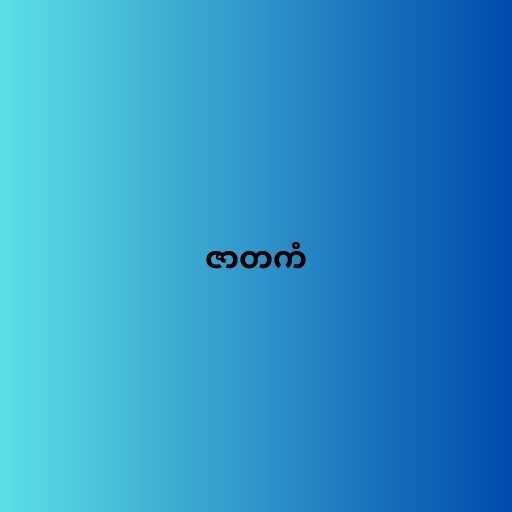
ဇာတကံ